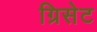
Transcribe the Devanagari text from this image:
ग्रिसेट